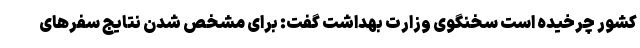
کشور چرخیده است سخنگوی وزارت بهداشت گفت: برای مشخص شدن نتایج سفرهای